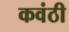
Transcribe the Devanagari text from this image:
कवंठी